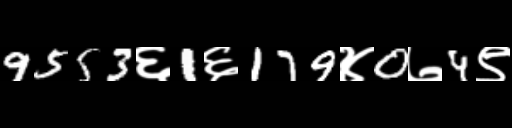
Text: 9553६1६179४0७4९